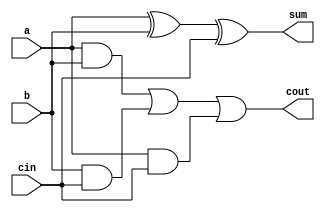
`timescale 1ns / 1ps
//////////////////////////////////////////////////////////////////////////////////
// Company: 
// Engineer: 
// 
// Design Name: 
// Module Name: full_adder
// Project Name: 
// Target Devices: 
// Tool Versions: 
// Description: 
// 
// Dependencies: 
// 
// Revision:
// Revision 0.01 - File Created
// Additional Comments:
// 
//////////////////////////////////////////////////////////////////////////////////

module full_adder(
    input a,
    input b,
    input cin,
    output sum,
    output cout
    );
    
    assign sum = a ^ b ^ cin;
    assign cout = (a & b) | (b & cin) | (a & cin);

endmodule